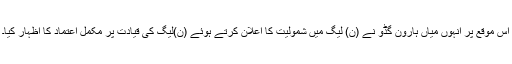
اس موقع پر انہوں میاں ہارون گڈو نے (ن) لیگ میں شمولیت کا اعلان کرتے ہوئے (ن)لیگ کی قیادت پر مکمل اعتماد کا اظہار کیا۔